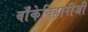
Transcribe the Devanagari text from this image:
बाँकेविहारीजी